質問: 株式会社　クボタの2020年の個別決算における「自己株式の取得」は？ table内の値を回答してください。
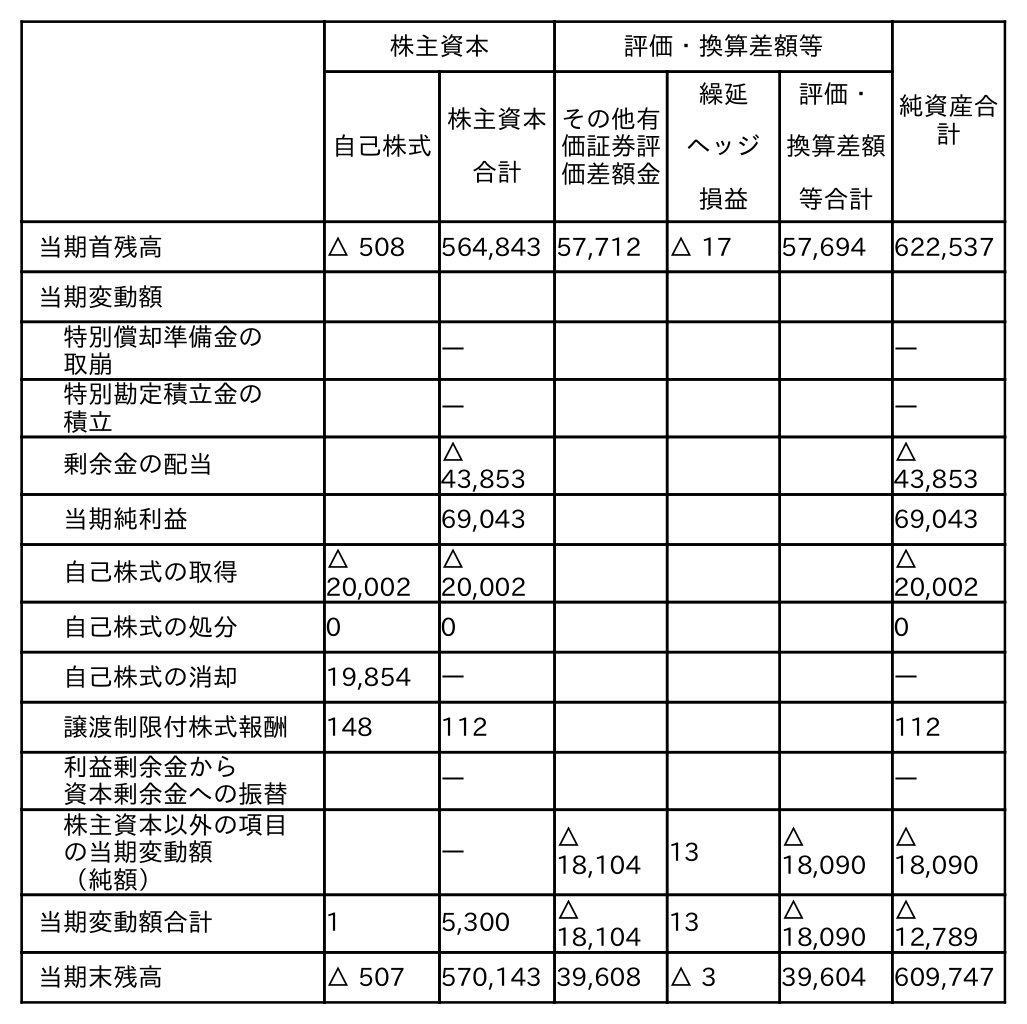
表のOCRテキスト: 株主資本 評価・換算差額等 純資産合 計 自己株式 株主資本 合計 その他有 価証券評 価差額金 繰延 ヘッジ 損益 評価・ 換算差額 等合計 当期首残高 △ 508 564,843 57,712 △ 17 57,694 622,537 当期変動額 特別償却準備金の 取崩 ― ― 特別勘定積立金の 積立 ― ― 剰余金の配当 △ 43,853 △ 43,853 当期純利益 69,043 69,043 自己株式の取得 △ 20,002 △ 20,002 △ 20,002 自己株式の処分 0 0 0 自己株式の消却 19,854 ― ― 譲渡制限付株式報酬 148 112 112 利益剰余金から 資本剰余金への振替 ― ― 株主資本以外の項目 の当期変動額 （純額） ― △ 18,104 13 △ 18,090 △ 18,090 当期変動額合計 1 5,300 △ 18,104 13 △ 18,090 △ 12,789 当期末残高 △ 507 570,143 39,608 △ 3 39,604 609,747
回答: △20,002